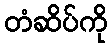
တံဆိပ်ကို